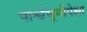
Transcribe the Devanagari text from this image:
पार्श्वभूमीपेक्षा